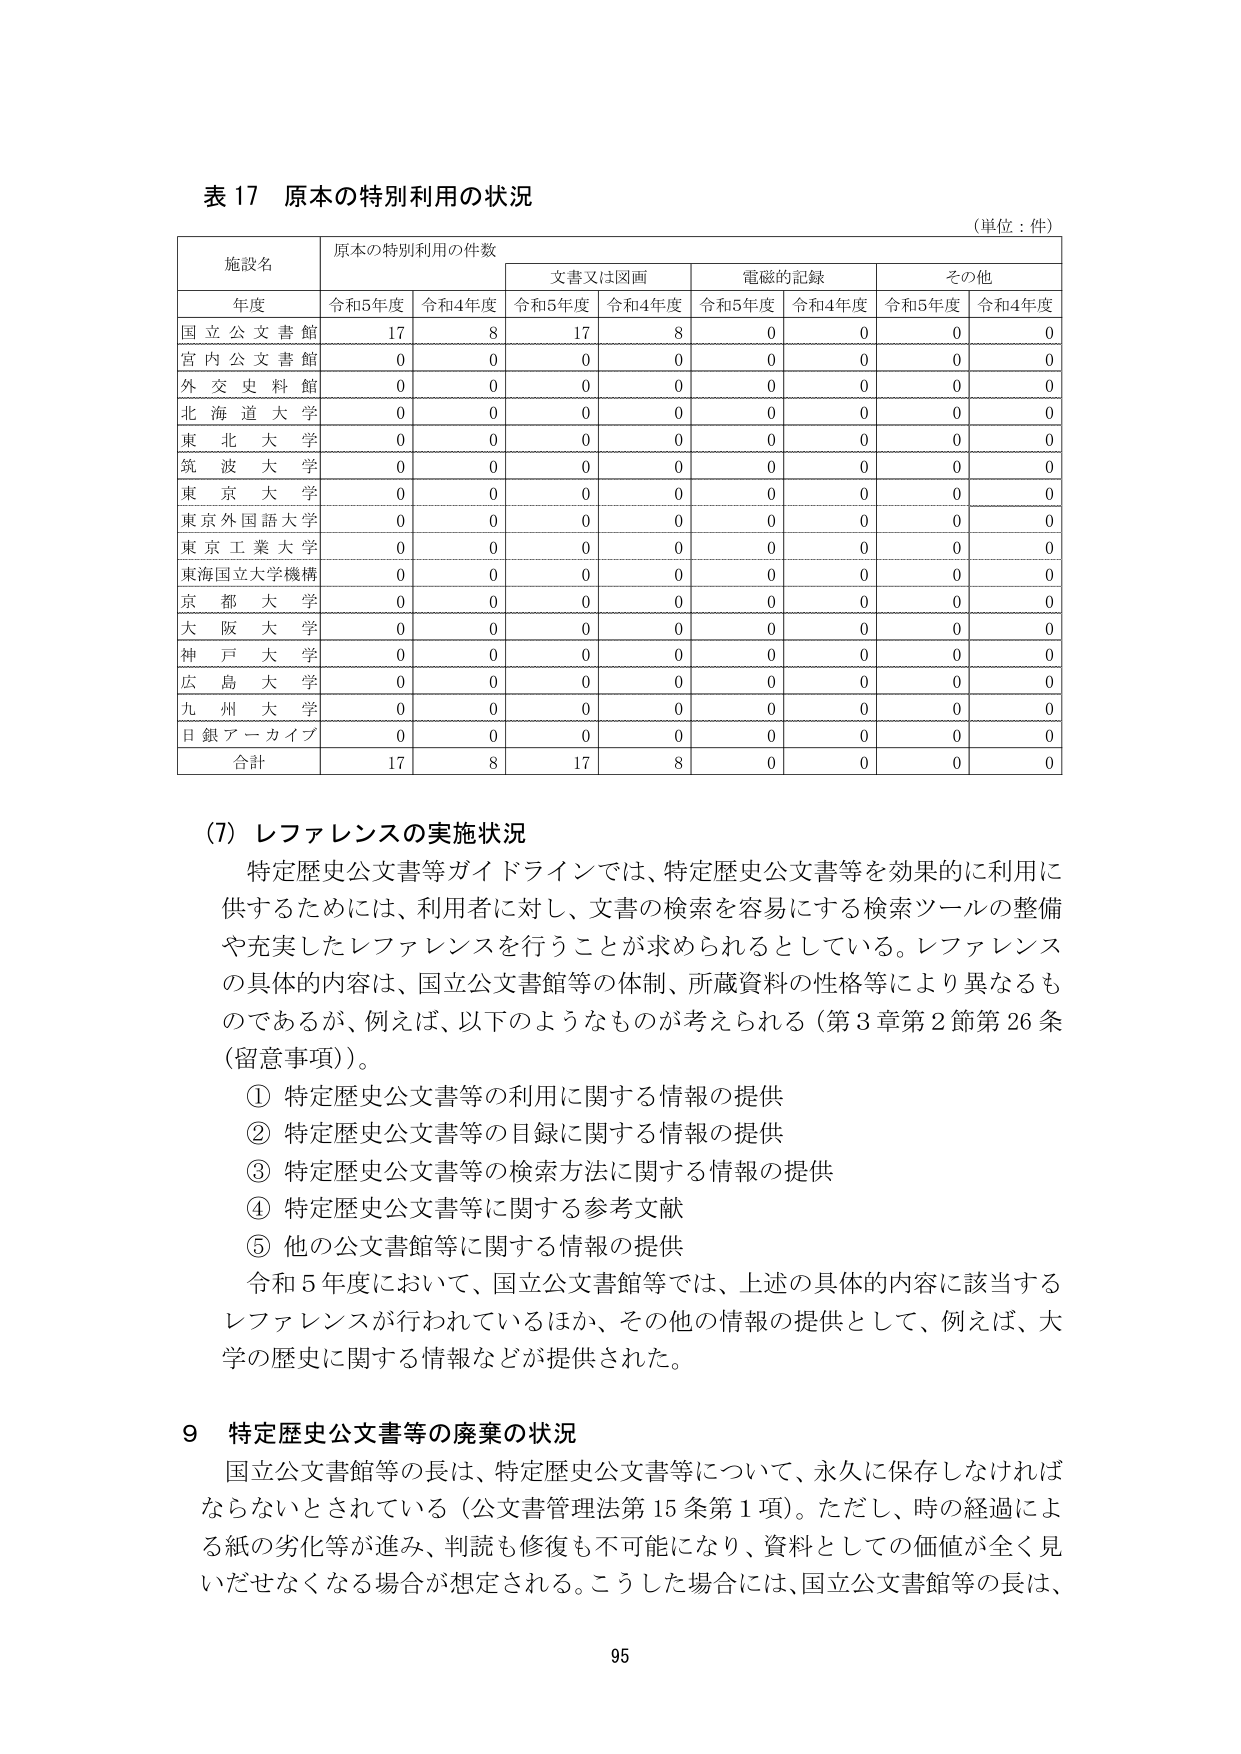
表 17 原本の特別利用の状況
（単位：件）

施設名　　原本の特別利用の件数
　　　　　　文書又は図画　　電磁的記録　　その他
年度　　　令和5年度　令和4年度　令和5年度　令和4年度　令和5年度　令和4年度　令和5年度　令和4年度

国立公文書館　　17　　8　　17　　8　　0　　0　　0　　0
宮内公文書館　　0　　0　　0　　0　　0　　0　　0　　0
外交史料館　　0　　0　　0　　0　　0　　0　　0　　0
北海道大学　　0　　0　　0　　0　　0　　0　　0　　0
東北大学　　0　　0　　0　　0　　0　　0　　0　　0
筑波大学　　0　　0　　0　　0　　0　　0　　0　　0
東京大学　　0　　0　　0　　0　　0　　0　　0　　0
東京外国語大学　　0　　0　　0　　0　　0　　0　　0　　0
東京工業大学　　0　　0　　0　　0　　0　　0　　0　　0
東海国立大学機構　　0　　0　　0　　0　　0　　0　　0　　0
京都大学　　0　　0　　0　　0　　0　　0　　0　　0
大阪大学　　0　　0　　0　　0　　0　　0　　0　　0
神戸大学　　0　　0　　0　　0　　0　　0　　0　　0
広島大学　　0　　0　　0　　0　　0　　0　　0　　0
九州大学　　0　　0　　0　　0　　0　　0　　0　　0
日銀アーカイブ　　0　　0　　0　　0　　0　　0　　0　　0
合計　　17　　8　　17　　8　　0　　0　　0　　0

(7) レファレンスの実施状況
特定歴史公文書等ガイドラインでは、特定歴史公文書等を効果的に利用に供するためには、利用者に対し、文書の検索を容易にする検索ツールの整備や充実したレファレンスを行うことが求められている。レファレンスの具体的内容は、国立公文書館等の体制、所蔵資料の性格等により異なるものであるが、例えば、以下のようなものが考えられる（第3章第2節第26条（留意事項））。
① 特定歴史公文書等の利用に関する情報の提供
② 特定歴史公文書等の目録に関する情報の提供
③ 特定歴史公文書等の検索方法に関する情報の提供
④ 特定歴史公文書等に関する参考文献
⑤ 他の公文書館等に関する情報の提供
令和5年度において、国立公文書館等では、上述の具体的内容に該当するレファレンスが行われているほか、その他の情報の提供として、例えば、大学の歴史に関する情報などが提供された。

9 特定歴史公文書等の廃棄の状況
国立公文書館等の長は、特定歴史公文書等について、永久に保存しなければならないとされている（公文書管理法第15条第1項）。ただし、時の経過による紙の劣化等が進み、判読も修復も不可能になり、資料としての価値が全く見いだせなくなる場合が想定される。こうした場合には、国立公文書館等の長は、

95